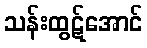
သန်းထွဋ်အောင်